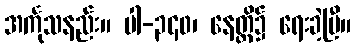
အင်္ကုသနည်း။ ပါ-၃၄၀၊ နေတ္တိ၌ ရေးခဲ့ပြီ။